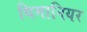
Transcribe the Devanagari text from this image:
थिमानियर